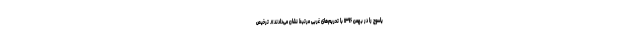
یاسوج را در بهمن ۱۳۹۶ با تحریم‌های غربی مرتبط نشان می‌دادند». ترخیص